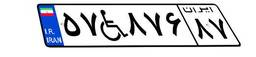
۵۷W۸۷۶۸۷